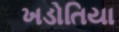
ખડોતિયા